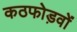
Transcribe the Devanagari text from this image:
कठफोड़वों